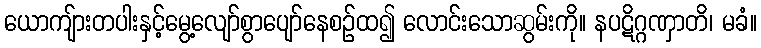
ယောကျ်ားတပါးနှင့်မွေ့လျော်စွာပျော်နေစဉ်ထ၍ လောင်းသောဆွမ်းကို။ နပဋိဂ္ဂဏှာတိ၊ မခံ။